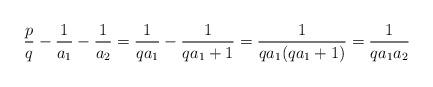
LaTeX: \begin{align*}\frac{p}{q} - \frac{1}{a_1} - \frac{1}{a_2} = \frac{1}{qa_1} - \frac{1}{qa_1 + 1} = \frac{1}{q a_1 (qa_1 + 1)} = \frac{1}{q a_1 a_2 } \end{align*}